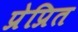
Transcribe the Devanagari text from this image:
प्रेप्रित